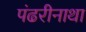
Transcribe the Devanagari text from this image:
पंढरीनाथा